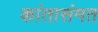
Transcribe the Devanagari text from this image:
कांतासंमत